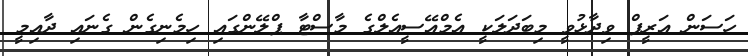
ހަސަން އަރީފް ވިދާޅުވީ މިބަދަލަކީ އެމްއޭސީއެލްގެ މާސްޓާ ޕްލޭންގައި ހިމެނިގެން ގެނައި ދާއިމީ